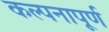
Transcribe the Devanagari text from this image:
कल्‍पनापूर्ण